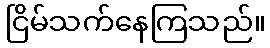
ငြိမ်သက်နေကြသည်။